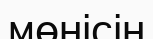
мөнісін